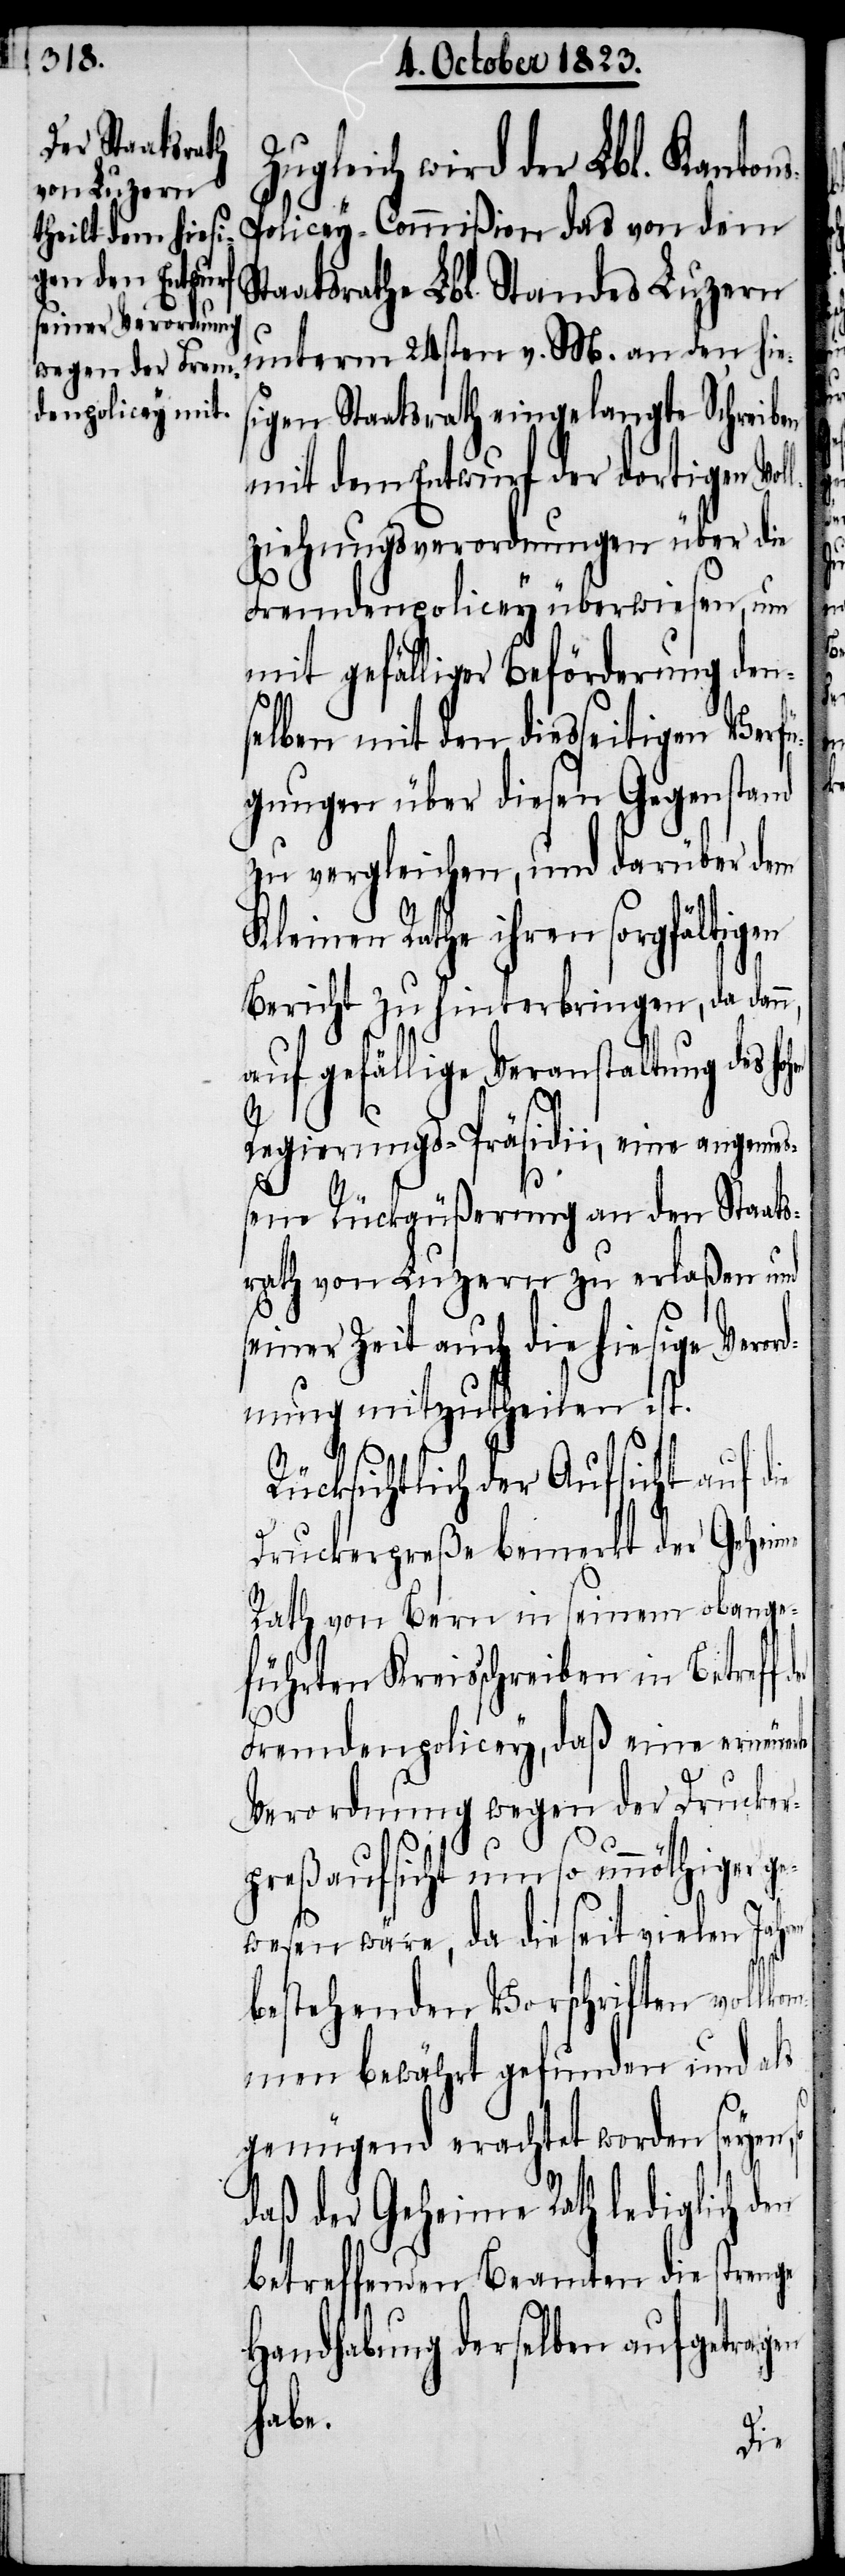
ugleich wird der Lbl. Kanton¬
s-Policey-Commißion das von dem
taatsrathe Lbl. Standes Luzern
unterm 24sten v. M. an den hies¬
igen Staatsrath eingelangte Schreiben
mit dem Entwurf der dortigen Vo¬
llziehungsverordnungen über die
Fremdenpolicey überwiesen, um
mit gefälliger Beförderung den¬
selben mit den diesseitigen Verfü¬
gungen über diesen Gegenstand
zu vergleichen, und darüber dem
Kleinen Rathe ihren sorgfältigen
Bericht zu hinterbringen, da dan¬
auf gefällige Veranstaltung des
s¬
Regierungs-Präsidii, eine angeme¬
ßene Rückäußerung an den Staats¬
rath von Luzern zu erlaßen und
einer Zeit auch die hiesige Vero¬
rdnung mitzutheilen ist.
Rücksichtlich der Aufsicht auf d¬
Druckerpreße bemerkt der Geheime
Rath von Bern in seinem obange¬
führten Kreisschreiben in Betreff
Fremdenpolicey, daß eine erneue¬
rte
Verordnung wegen der Drucker¬
preßaufsicht um so unnöthiger
wesen wäre, da die seit vielen Ja¬
bestehenden Vorschriften vollkom¬
men bewährt gefunden und als
genügend erachtet worden seyen,
daß der Geheime Rath lediglich
betreffenden Beamten die strenge
Handhabung derselben aufgetragen
habe.
ie